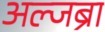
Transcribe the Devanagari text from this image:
अल्जब्रा